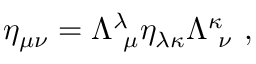
\eta _ { \mu \nu } = \Lambda _ { ~ \mu } ^ { \lambda } \eta _ { \lambda \kappa } \Lambda _ { ~ \nu } ^ { \kappa } ~ ,